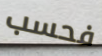
فحسب